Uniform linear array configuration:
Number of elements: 4
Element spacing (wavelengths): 1
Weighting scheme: hamming
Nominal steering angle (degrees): -15
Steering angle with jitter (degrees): -16.766
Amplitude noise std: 0.05
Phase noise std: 0.05

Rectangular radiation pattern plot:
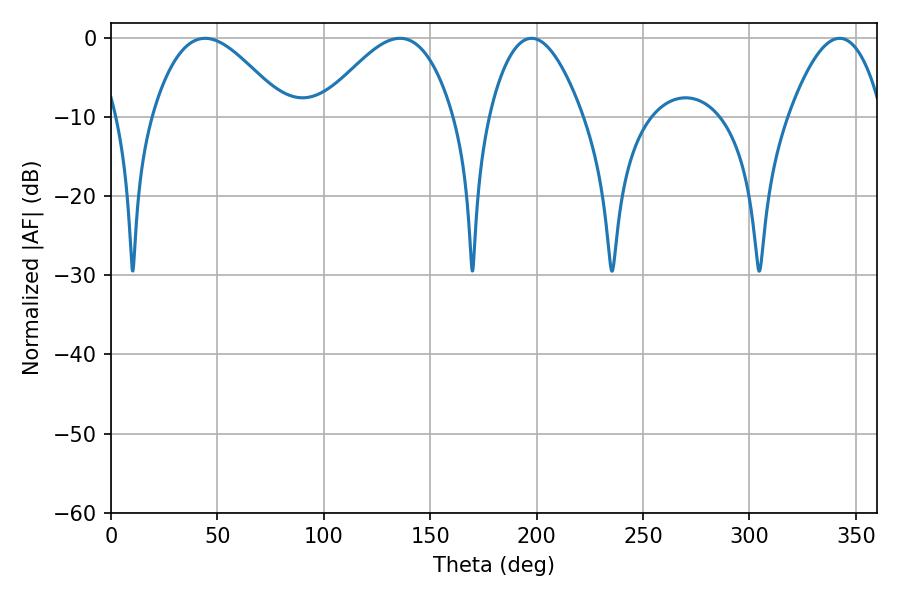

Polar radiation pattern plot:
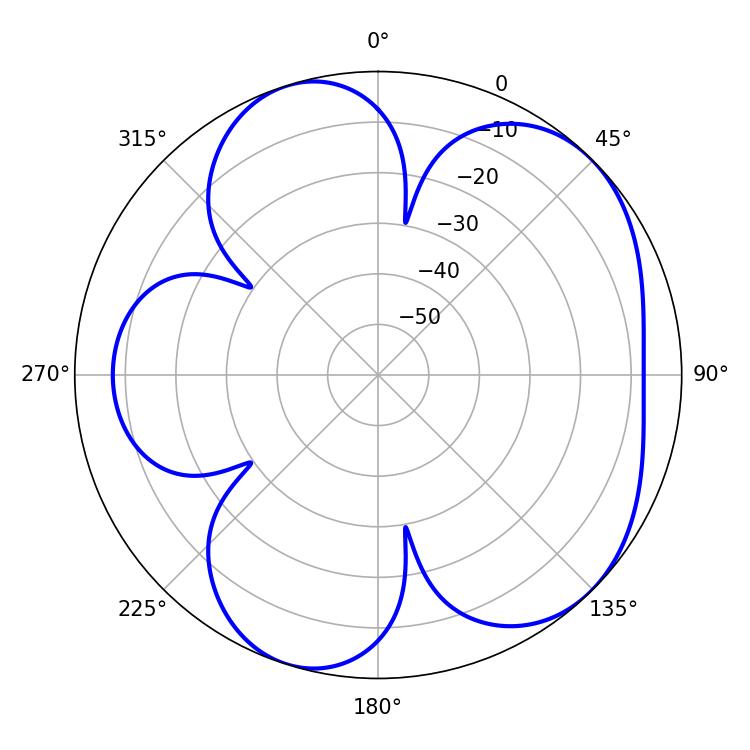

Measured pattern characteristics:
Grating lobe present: TRUE
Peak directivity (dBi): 5.447
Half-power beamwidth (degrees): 24.3
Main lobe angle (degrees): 197.64